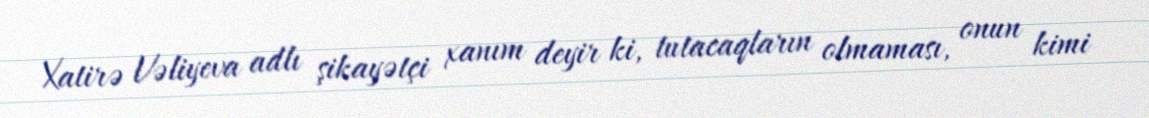
Xatirə Vəliyeva adlı şikayətçi xanım deyir ki, tutacaqların olmaması, onun kimi